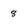
Character: 8